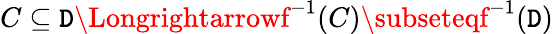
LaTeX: C\subseteq\mathtt{D}\Longrightarrowf^{-1}(C)\subseteqf^{-1}(\mathtt{D})